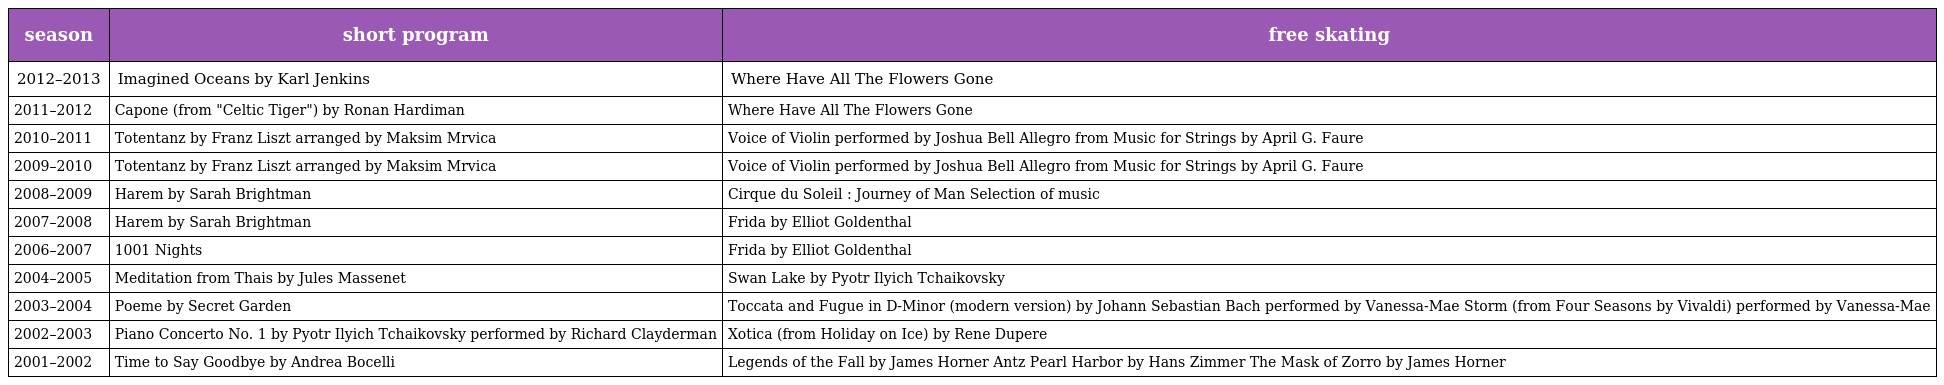
| season | short program | free skating |
 | --- | --- | --- |
 | 2012–2013 | Imagined Oceans by Karl Jenkins | Where Have All The Flowers Gone |
 | 2011–2012 | Capone (from "Celtic Tiger") by Ronan Hardiman | Where Have All The Flowers Gone |
 | 2010–2011 | Totentanz by Franz Liszt arranged by Maksim Mrvica | Voice of Violin performed by Joshua Bell Allegro from Music for Strings by April G. Faure |
 | 2009–2010 | Totentanz by Franz Liszt arranged by Maksim Mrvica | Voice of Violin performed by Joshua Bell Allegro from Music for Strings by April G. Faure |
 | 2008–2009 | Harem by Sarah Brightman | Cirque du Soleil : Journey of Man Selection of music |
 | 2007–2008 | Harem by Sarah Brightman | Frida by Elliot Goldenthal |
 | 2006–2007 | 1001 Nights | Frida by Elliot Goldenthal |
 | 2004–2005 | Meditation from Thais by Jules Massenet | Swan Lake by Pyotr Ilyich Tchaikovsky |
 | 2003–2004 | Poeme by Secret Garden | Toccata and Fugue in D-Minor (modern version) by Johann Sebastian Bach performed by Vanessa-Mae Storm (from Four Seasons by Vivaldi) performed by Vanessa-Mae |
 | 2002–2003 | Piano Concerto No. 1 by Pyotr Ilyich Tchaikovsky performed by Richard Clayderman | Xotica (from Holiday on Ice) by Rene Dupere |
 | 2001–2002 | Time to Say Goodbye by Andrea Bocelli | Legends of the Fall by James Horner Antz Pearl Harbor by Hans Zimmer The Mask of Zorro by James Horner |